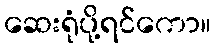
ဆေးရုံပို့ရင်ကော။